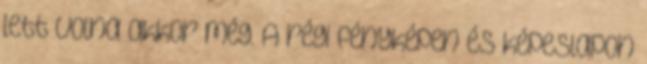
lett volna akkor még. A régi fényképen és képeslapon